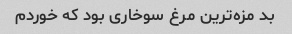
بد مزه‌ترین مرغ سوخاری بود که خوردم